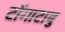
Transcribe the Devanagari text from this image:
टोंगाटाबु